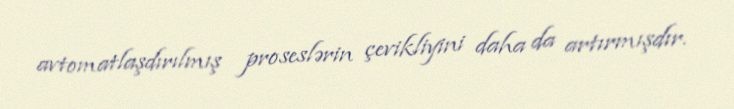
avtomatlaşdırılmış proseslərin çevikliyini daha da artırmışdır.